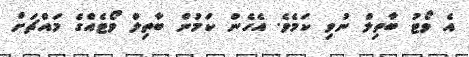
އެ ވޯޓު ބާތިލް ނުވި ކަމެވެ. އެހެން ކަމުން ބާތިލް ވޯޓެއްގެ މައްޗަށް